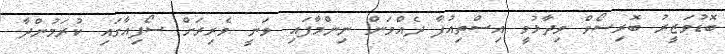
ބޮޑުވަޒީރު ބޮރިސޯވް ވިދާޅުވީ އިސްތިއުފާ ދެއްވަން ނިންމާފައި ވަނީ ވެރިރަށް ސޯފިއާގައި ކުރަމުންދާ